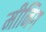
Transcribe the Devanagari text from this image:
मीनिग